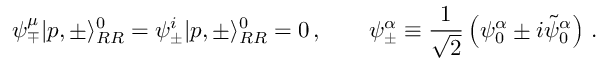
\psi _ { \mp } ^ { \mu } | p , \pm \rangle _ { R R } ^ { 0 } = \psi _ { \pm } ^ { i } | p , \pm \rangle _ { R R } ^ { 0 } = 0 \, , \qquad \psi _ { \pm } ^ { \alpha } \equiv { \frac { 1 } { \sqrt { 2 } } } \left( \psi _ { 0 } ^ { \alpha } \pm i \tilde { \psi } _ { 0 } ^ { \alpha } \right) \, .